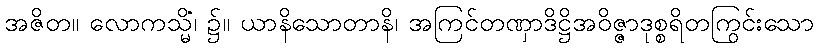
အဇိတ။ လောကသ္မိံ၊ ၌။ ယာနိသောတာနိ၊ အကြင်တဏှာဒိဋ္ဌိအဝိဇ္ဇာဒုစ္စရိတကြွင်းသော